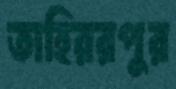
তাহিররপুর